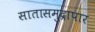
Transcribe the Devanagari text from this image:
सातासमुद्रापार